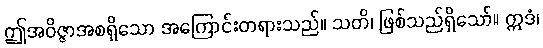
ဤအဝိဇ္ဇာအစရှိသော အကြောင်းတရားသည်။ သတိ၊ ဖြစ်သည်ရှိသော်။ ဣဒံ၊